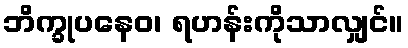
ဘိက္ခုပနေဝ၊ ရဟန်းကိုသာလျှင်။